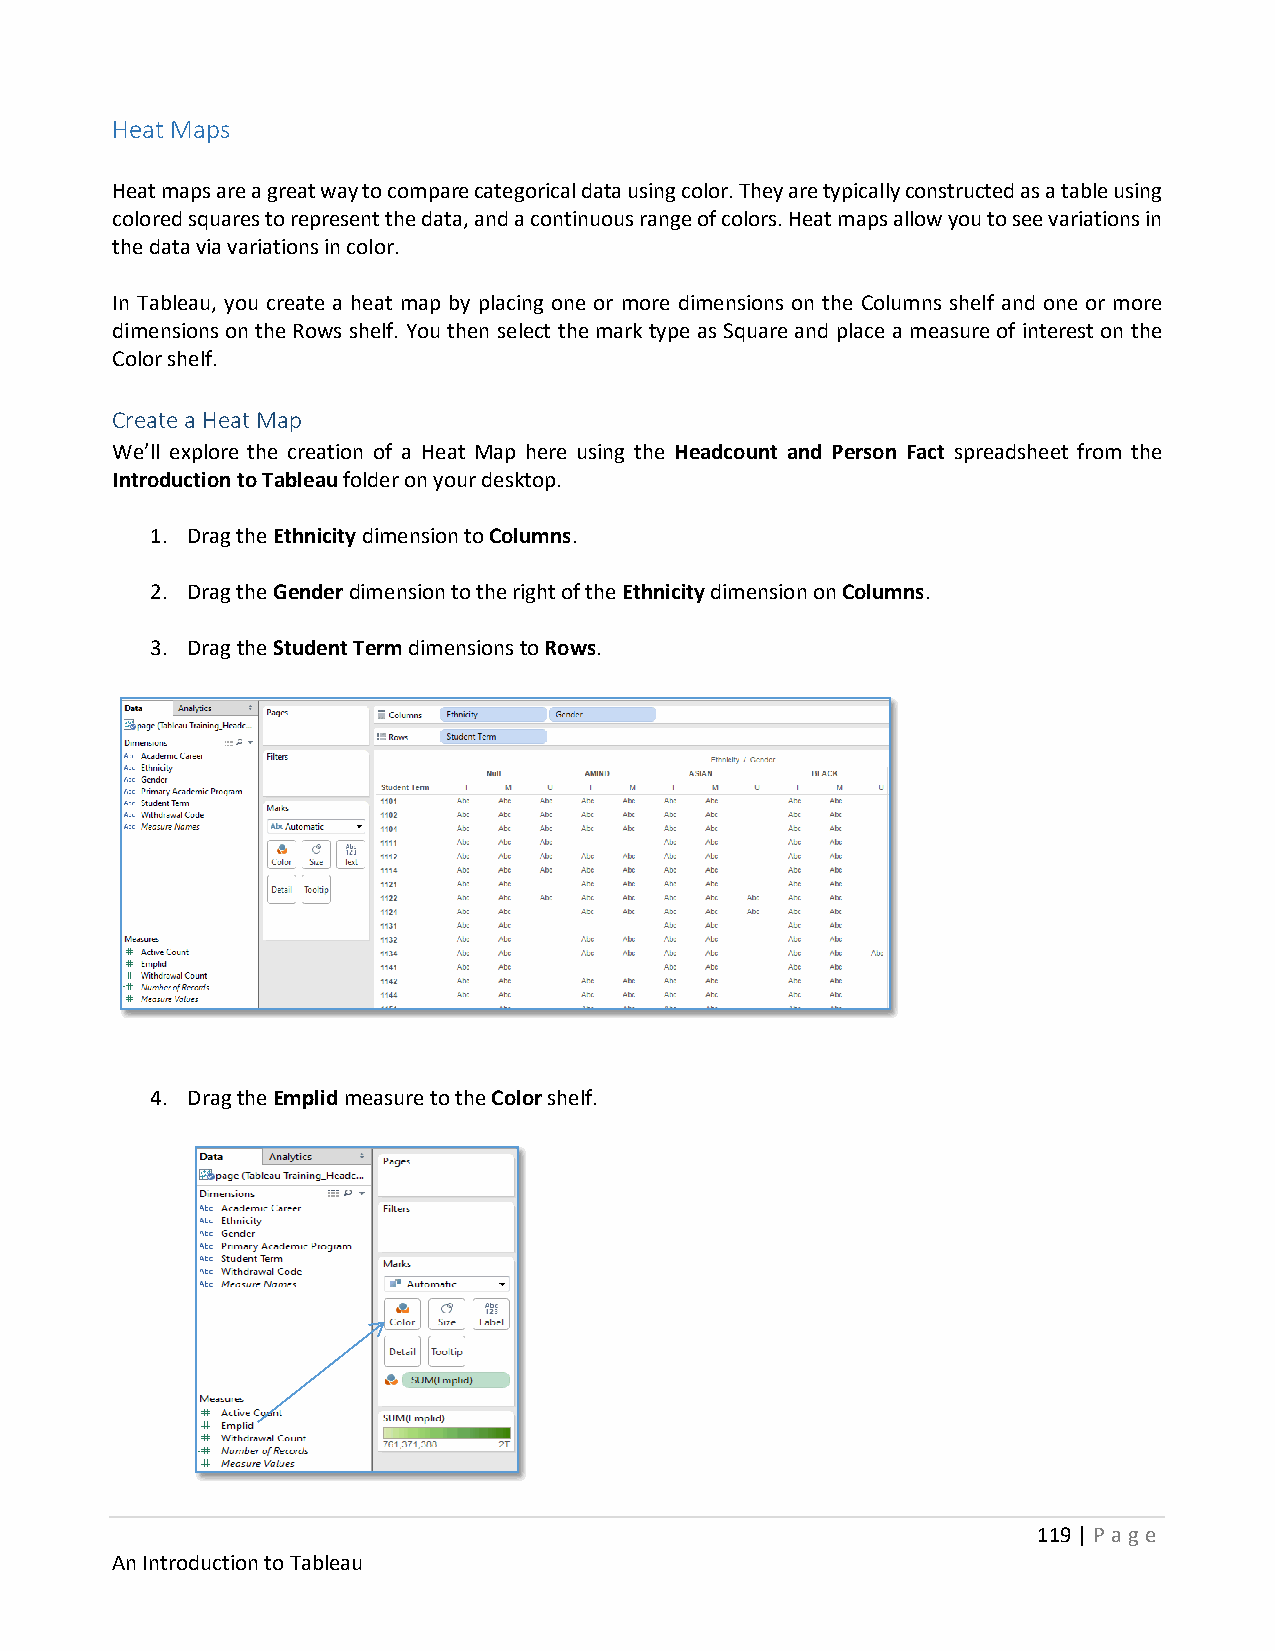
Heat Maps
 Heat maps are a great way to compare categorical data using color. They are typically constructed as a table using
 colored squares to represent the data, and a continuous range of colors. Heat maps allow you to see variations in
 the data via variations in color.
 In Tableau, you create a heat map by placing one or more dimensions on the Columns shelf and one or more
 dimensions on the Rows shelf. You then select the mark type as Square and place a measure of interest on the
 Color shelf.
 Create a Heat Map
 We’ll explore the creation of a Heat Map here using the Headcount and Person Fact spreadsheet from the
 Introduction to Tableau folder on your desktop.
 1. Drag the Ethnicity dimension to Columns.
 2. Drag the Gender dimension to the right of the Ethnicity dimension on Columns.
 3. Drag the Student Term dimensions to Rows.
 4. Drag the Emplid measure to the Color shelf.
 119 | P age
 An Introduction to Tableau